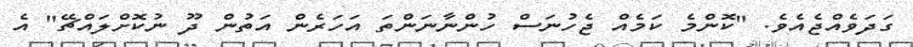
ގަދަވެއްޖެއެވެ. "ކޮންމެ ކަމެއް ޖެހުނަސް ހުންނާނަންތަ އަހަރެން އަތުން ދޫ ނުކޮށްލައްޗޭ" އެ